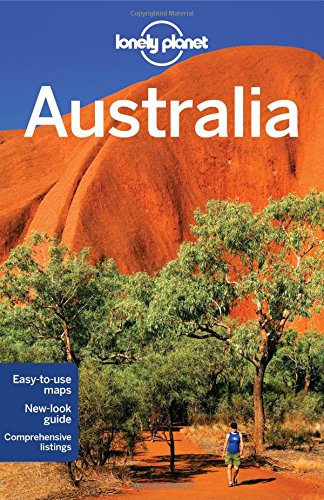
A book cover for Lonely Planet Australia (Travel Guide); Lonely Planet; Sports & Outdoors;